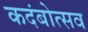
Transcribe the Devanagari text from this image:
कदंबोत्सव